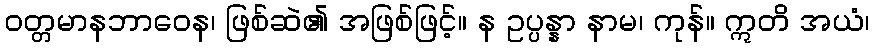
ဝတ္တမာနဘာဝေန၊ ဖြစ်ဆဲ၏ အဖြစ်ဖြင့်။ န ဥပ္ပန္နာ နာမ၊ ကုန်။ ဣတိ အယံ၊